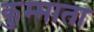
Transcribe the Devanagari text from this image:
कुम्माता